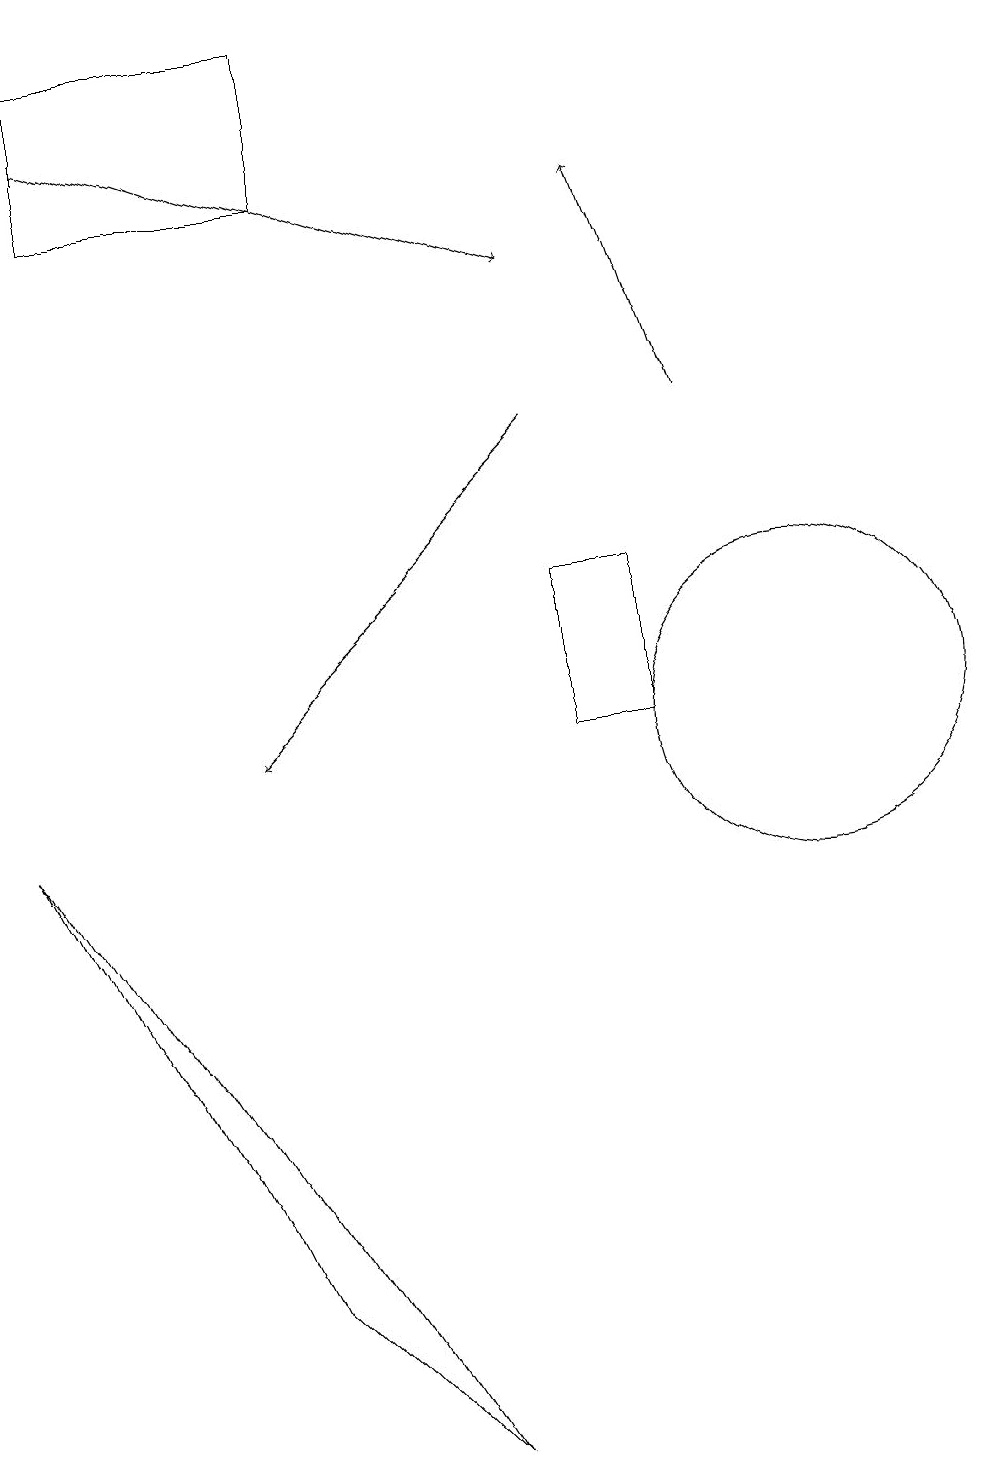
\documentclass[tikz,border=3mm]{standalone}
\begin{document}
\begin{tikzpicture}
\draw (0,9) -- (5,1) -- (3,3) -- cycle;
\draw[->] (1,18) -- (7,16);
\draw (10,10) circle (2);
\draw[->] (7,14) -- (3,10);
\draw (8,12) rectangle (7,10);
\draw[->] (9,14) -- (8,17);
\draw (1,19) rectangle (4,17);
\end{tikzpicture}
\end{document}